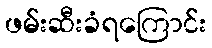
ဖမ်းဆီးခံရကြောင်း